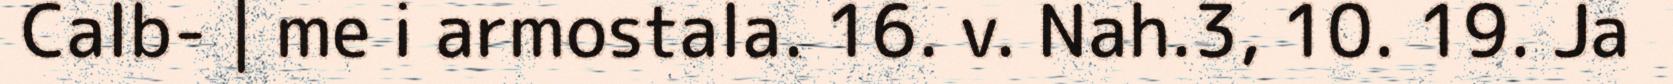
Calb- | me i armostala. 16. v. Nah.3, 10. 19. Ja